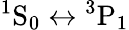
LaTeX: \mathrm{^1S_{0}\leftrightarrow{^3P}_{1}}